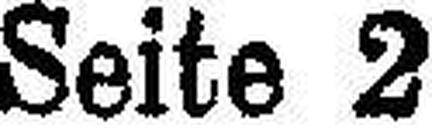
Seite 2